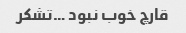
قارچ خوب نبود …تشکر